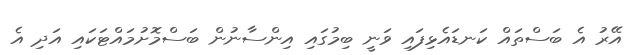
އޭރު އެ ބަސްތައް ކަނޑައެޅިފައި ވަނީ ބިމުގައި އިންސާނުން ބަސްމޮށުމައްޓަކައި އަދި އެ